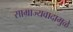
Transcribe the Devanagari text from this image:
साम्राज्यवादामुळे